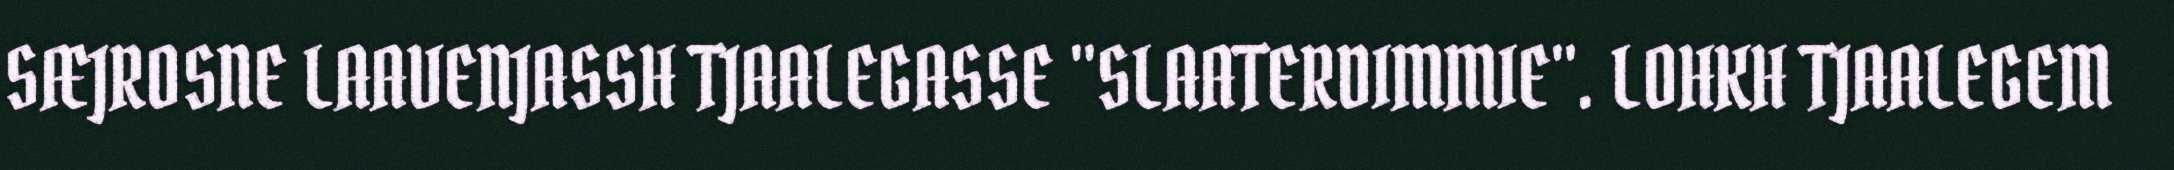
SÆJROSNE LAAVENJASSH TJAALEGASSE "SLAATERDIMMIE". LOHKH TJAALEGEM